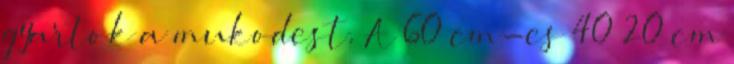
gyartok a mukodest. A 60 cm-es 40 20 cm